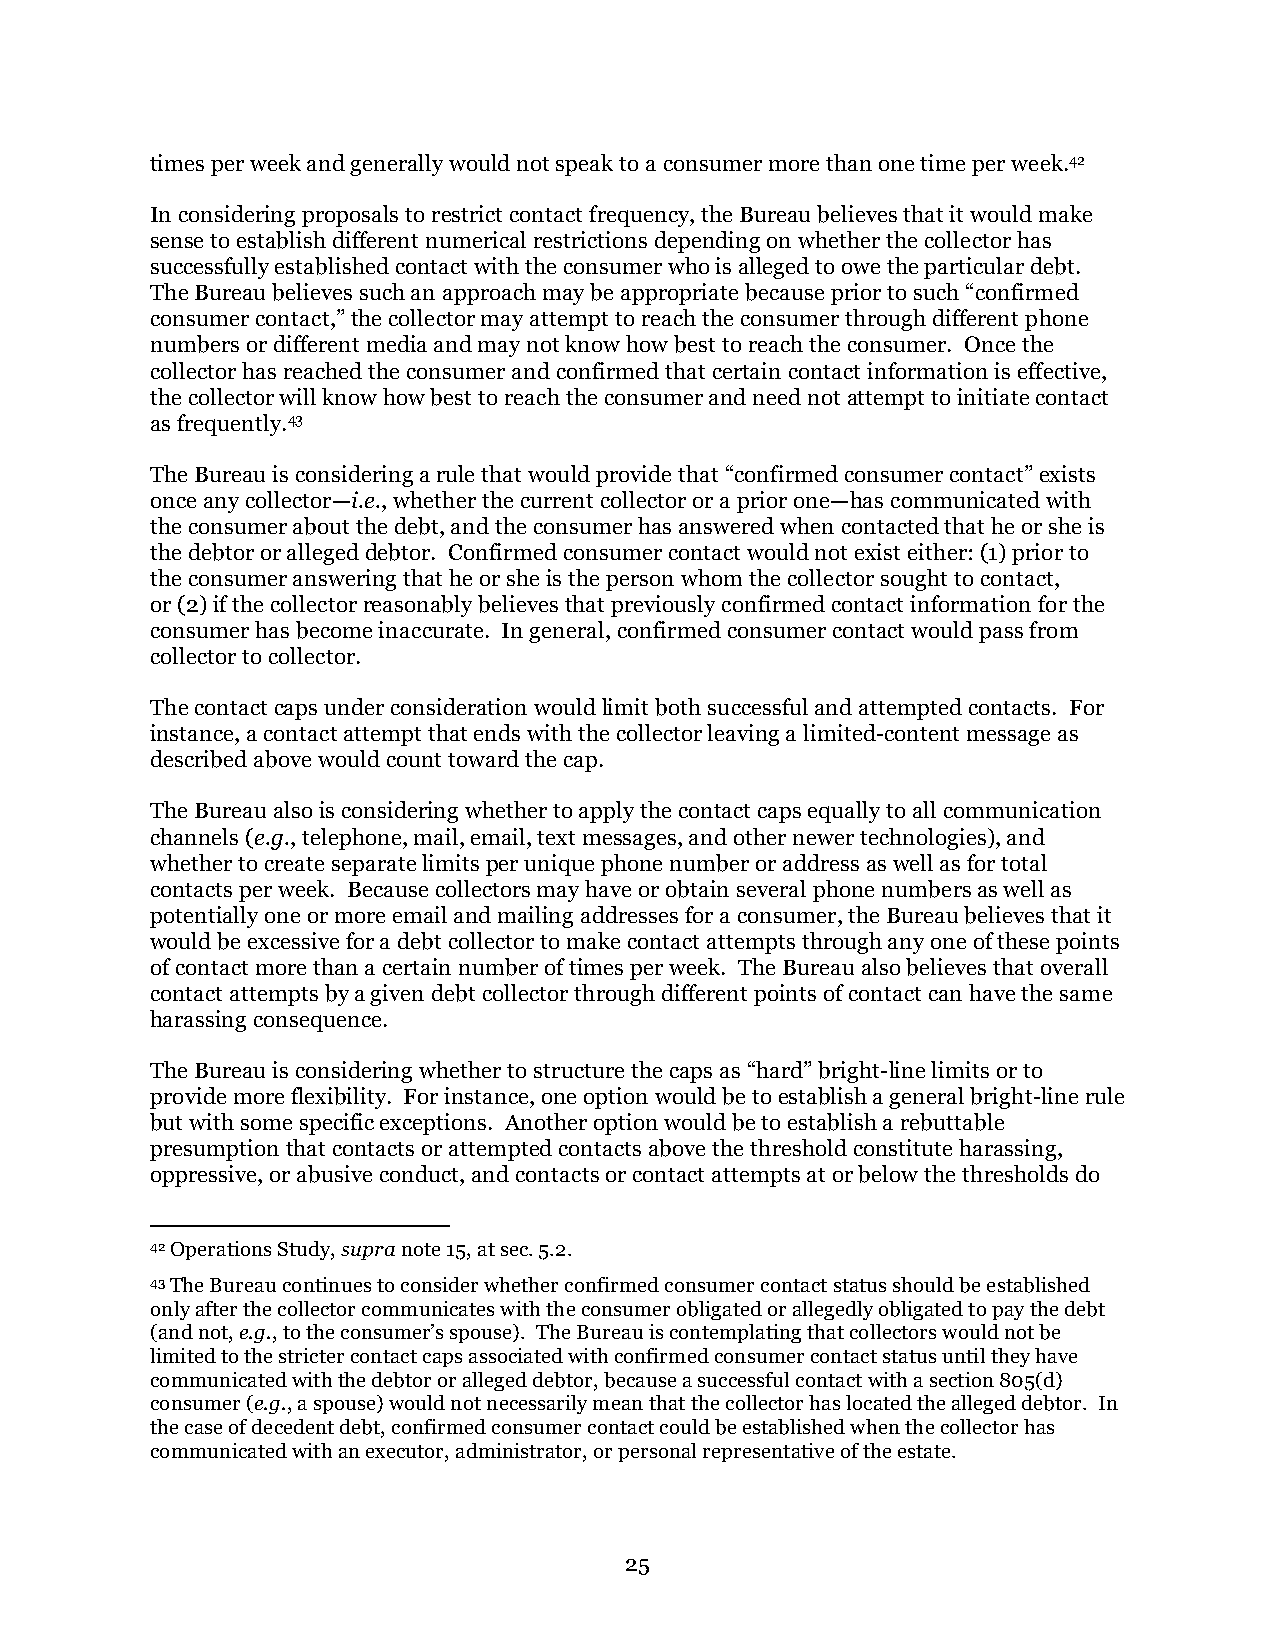
times per week and generally would not speak to a consumer more than one time per week.42
 In considering proposals to restrict contact frequency, the Bureau believes that it would make
 sense to establish different numerical restrictions depending on whether the collector has
 successfully established contact with the consumer who is alleged to owe the particular debt.
 The Bureau believes such an approach may be appropriate because prior to such “confirmed
 consumer contact,” the collector may attempt to reach the consumer through different phone
 numbers or different media and may not know how best to reach the consumer. Once the
 collector has reached the consumer and confirmed that certain contact information is effective,
 the collector will know how best to reach the consumer and need not attempt to initiate contact
 as frequently.43
 The Bureau is considering a rule that would provide that “confirmed consumer contact” exists
 once any collector—i.e., whether the current collector or a prior one—has communicated with
 the consumer about the debt, and the consumer has answered when contacted that he or she is
 the debtor or alleged debtor. Confirmed consumer contact would not exist either: (1) prior to
 the consumer answering that he or she is the person whom the collector sought to contact,
 or (2) if the collector reasonably believes that previously confirmed contact information for the
 consumer has become inaccurate. In general, confirmed consumer contact would pass from
 collector to collector.
 The contact caps under consideration would limit both successful and attempted contacts. For
 instance, a contact attempt that ends with the collector leaving a limited-content message as
 described above would count toward the cap.
 The Bureau also is considering whether to apply the contact caps equally to all communication
 channels (e.g., telephone, mail, email, text messages, and other newer technologies), and
 whether to create separate limits per unique phone number or address as well as for total
 contacts per week. Because collectors may have or obtain several phone numbers as well as
 potentially one or more email and mailing addresses for a consumer, the Bureau believes that it
 would be excessive for a debt collector to make contact attempts through any one of these points
 of contact more than a certain number of times per week. The Bureau also believes that overall
 contact attempts by a given debt collector through different points of contact can have the same
 harassing consequence.
 The Bureau is considering whether to structure the caps as “hard” bright-line limits or to
 provide more flexibility. For instance, one option would be to establish a general bright-line rule
 but with some specific exceptions. Another option would be to establish a rebuttable
 presumption that contacts or attempted contacts above the threshold constitute harassing,
 oppressive, or abusive conduct, and contacts or contact attempts at or below the thresholds do
 42 Operations Study, supra note 15, at sec. 5.2.
 43 The Bureau continues to consider whether confirmed consumer contact status should be established
 only after the collector communicates with the consumer obligated or allegedly obligated to pay the debt
 (and not, e.g., to the consumer’s spouse). The Bureau is contemplating that collectors would not be
 limited to the stricter contact caps associated with confirmed consumer contact status until they have
 communicated with the debtor or alleged debtor, because a successful contact with a section 805(d)
 consumer (e.g., a spouse) would not necessarily mean that the collector has located the alleged debtor. In
 the case of decedent debt, confirmed consumer contact could be established when the collector has
 communicated with an executor, administrator, or personal representative of the estate.
 25